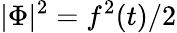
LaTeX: |\Phi|^{2}=f^{2}(t)/2